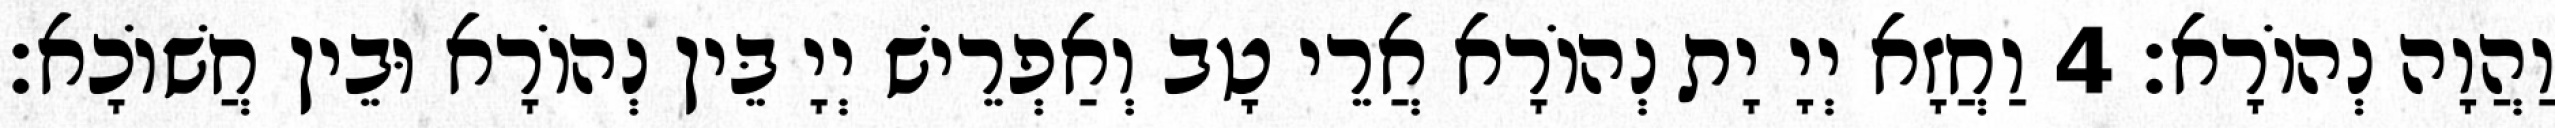
וַהֲוָה נְהוֹרָא׃ 4 וַחֲזָא יְיָ יָת נְהוֹרָא אֲרֵי טָב וְאַפְרֵישׁ יְיָ בֵּין נְהוֹרָא וּבֵין חֲשׁוֹכָא׃